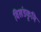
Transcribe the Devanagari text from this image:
विखंडकृमि